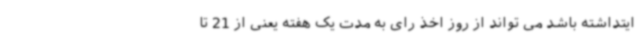
ایتداشته باشد می تواند از روز اخذ رای به مدت یک هفته یعنی از 21 تا